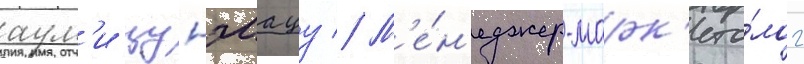
аум'и цунэмацу // М'е́н'еджер-марк'ето́лог